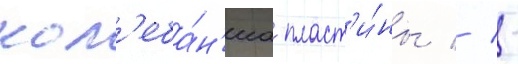
кол'еба́н'иа пласт'и́ны // -